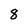
Character: 8